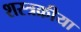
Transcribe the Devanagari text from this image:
शस्त्रक्रीया